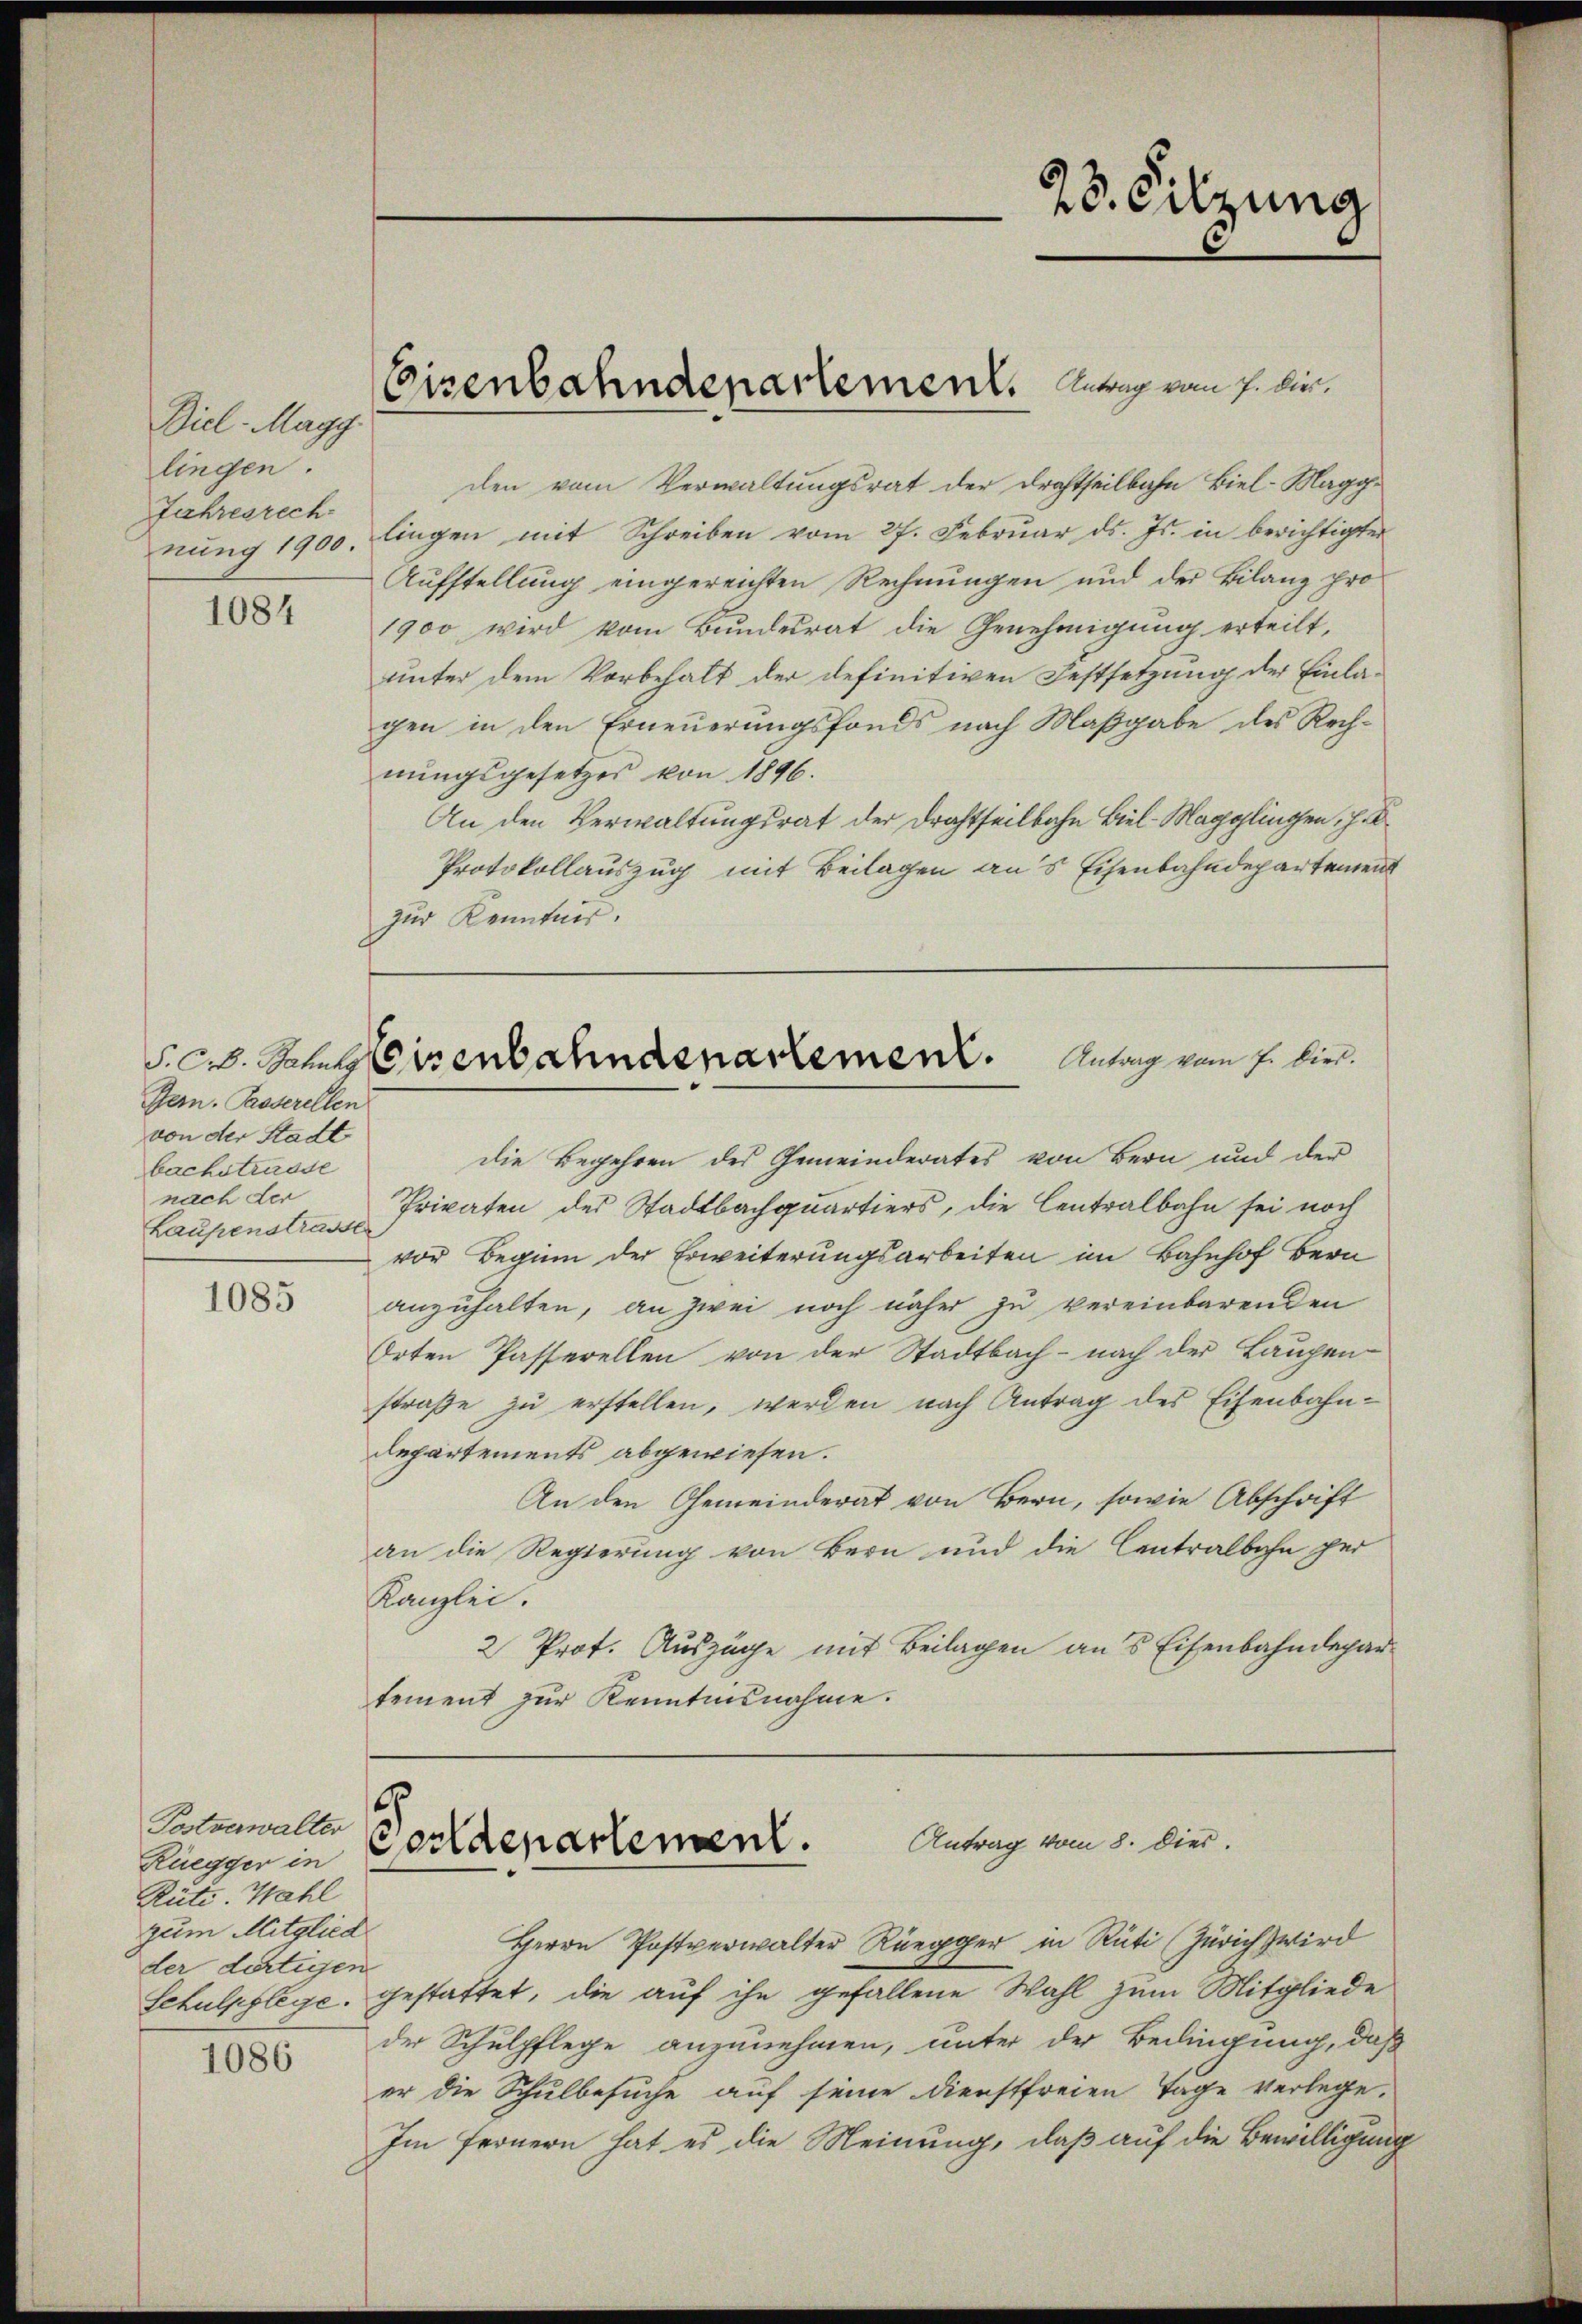
Biel Magg.
lingen.
Jahresrech

1084

Jern. Passerellen
von der Stadt
bachstrasse
nach der
Laupenstrasser

1085

Postverwalter
Rüegger in
Rüti. Wahl
zum Mitglied
der dortigen
1086

den vom Verwaltungsrat der Drahtheilbahn Biel-Maggnŭng 1900. lingen mit Schreiben vom 27. Febrŭar d. Js. in berichtigter
Aufstellung eingereichten Rechnungen und der Bilanz pro¬
1900 wird vom Bundesrat die Genehmigung erteilt,
unter dem Vorbehalt der definitiven Festsetzung der Einlagen in den Erneuerungsfonds nach Maßgabe des Rechnŭngsgesetzes von 1896.
An den Verwaltungsrat der Drahtheilbahn Biel-Magglingen, z. B
Protokollauszug mit Beilagen aus Eisenbahndepartemen
zur Kenntnis.

die Begehren des Gemeinderates von Bern und der
Privaten des Stadtbachquartiers, die Centralbahn sei noch
vor Beginn der Erweiterungsarbeiten im Bahnhof Bern
anzuhalten, an zwei noch näher zu vereinbarenden
Orten Passerellen von der Stadtbach - nach der Laupen-
straße zu erstellen, werden nach Antrag des Eisenbahn¬
Repartements abgewiesen.
An den Gemeinderat von Bern, sowie Abschrift
an die Regierung von Bern und die Centralbahn per
Kanzlei.
2 Prot. Auszüge mit Beilagen an’s Eisenbahndepartement zur Kenntnisnahme.

Schulpflege gestattet, die auf ihn gefallene Wahl zum Mitgliede
der Schulpflege anzunehmen, unter der Bedingung, daß
er die Schulbesuche auf seine Dienstfreien Tage verlege.
Im fernern hat es die Meinung, daß auf die Bewilligung

23. Sitzung

Eisenbahndepartement. Antrag vom 7. die¬

S. C. Schuldirenschneenartement. Antrag vom 7. dies.

5
Cordenartement. Antrag vom 8. Dier.
Herrn Postverwalter Rüegger in Rüti (Zürich wird